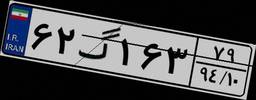
۶۲گ۱۶۳۷۹